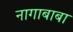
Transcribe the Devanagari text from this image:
नागाबाबा